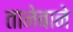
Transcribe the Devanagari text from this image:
तानेबाने